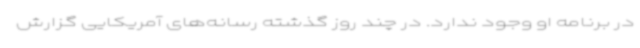
در برنامه او وجود ندارد. در چند روز گذشته رسانه‌های آمریکایی گزارش